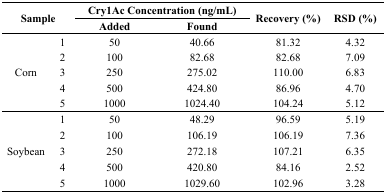
| <ROWSPAN=2-COLSPAN=2> Sample | <COLSPAN=2> Cry1Ac Concentration (ng/mL) | <ROWSPAN=2> Recovery (%) | <ROWSPAN=2> RSD (%) |
 | Added | Found |
 | --- | --- | --- | --- | --- | --- |
 | <ROWSPAN=5> Corn | 1 | 50 | 40.66 | 81.32 | 4.32 |
 | 2 | 100 | 82.68 | 82.68 | 7.09 |
 | 3 | 250 | 275.02 | 110.00 | 6.83 |
 | 4 | 500 | 424.80 | 86.96 | 4.70 |
 | 5 | 1000 | 1024.40 | 104.24 | 5.12 |
 | <ROWSPAN=5> Soybean | 1 | 50 | 48.29 | 96.59 | 5.19 |
 | 2 | 100 | 106.19 | 106.19 | 7.36 |
 | 3 | 250 | 272.18 | 107.21 | 6.35 |
 | 4 | 500 | 420.80 | 84.16 | 2.52 |
 | 5 | 1000 | 1029.60 | 102.96 | 3.28 |